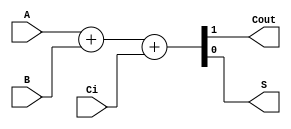
module sum1bcc (A, B, Ci,Cout,S);

  input  A;
  input  B;
  input  Ci;
  output Cout;
  output S;

  reg [1:0] st;   // REGISTRO QEU GUARDA LA SUMA 
  assign S = st[0];
  assign Cout = st[1];

  always @ ( * ) begin
  	st  = 	A+B+Ci;
  end
  
endmodule